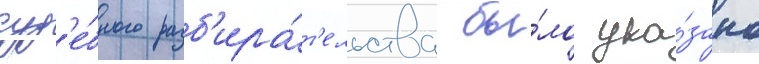
суд'е́бного разб'ира́т'ельства бы́ло ука́зано